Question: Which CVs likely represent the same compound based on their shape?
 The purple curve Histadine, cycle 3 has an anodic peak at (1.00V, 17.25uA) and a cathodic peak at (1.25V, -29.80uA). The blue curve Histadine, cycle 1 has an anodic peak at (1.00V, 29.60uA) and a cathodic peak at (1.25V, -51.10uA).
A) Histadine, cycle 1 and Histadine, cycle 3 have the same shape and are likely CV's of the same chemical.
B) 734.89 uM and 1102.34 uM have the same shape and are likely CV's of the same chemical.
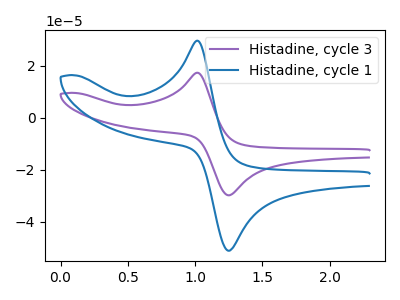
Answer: <think>All the peaks in "Histadine, cycle 3" have a peak in "Histadine, cycle 1" at the same potential. Every peak in "Histadine, cycle 3" is lower than every peak in "Histadine, cycle 1".
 </think>
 <answer>A) "Histadine, cycle 1" and "Histadine, cycle 3" have the same shape and are likely CV's of the same chemical.</answer>
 <eval>A</eval>